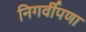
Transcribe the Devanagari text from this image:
निगर्वीपणा